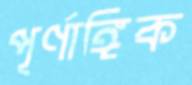
পূর্ণাঙ্গিক